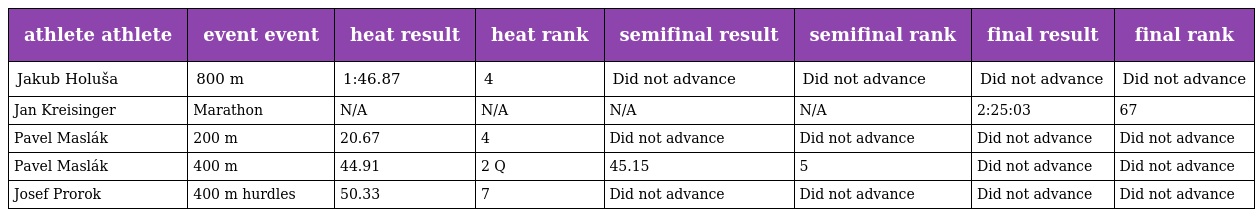
| athlete athlete | event event | heat result | heat rank | semifinal result | semifinal rank | final result | final rank |
 | --- | --- | --- | --- | --- | --- | --- | --- |
 | Jakub Holuša | 800 m | 1:46.87 | 4 | Did not advance | Did not advance | Did not advance | Did not advance |
 | Jan Kreisinger | Marathon | N/A | N/A | N/A | N/A | 2:25:03 | 67 |
 | Pavel Maslák | 200 m | 20.67 | 4 | Did not advance | Did not advance | Did not advance | Did not advance |
 | Pavel Maslák | 400 m | 44.91 | 2 Q | 45.15 | 5 | Did not advance | Did not advance |
 | Josef Prorok | 400 m hurdles | 50.33 | 7 | Did not advance | Did not advance | Did not advance | Did not advance |